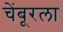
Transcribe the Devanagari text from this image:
चेंबूरला